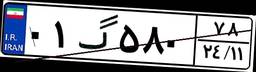
۰۱گ۵۸۰۷۸